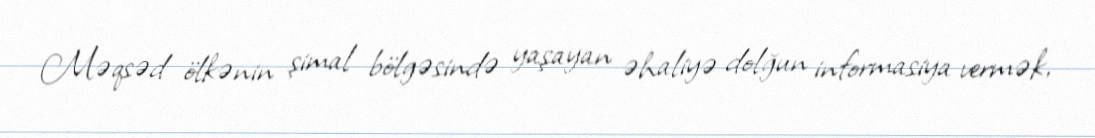
Məqsəd ölkənin şimal bölgəsində yaşayan əhaliyə dolğun informasiya vermək,